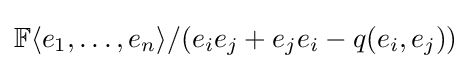
\mathbb {F} \langle e_{1},\ldots ,e_{n}\rangle /(e_{i}e_{j}+e_{j}e_{i}-q(e_{i},e_{j}))